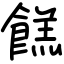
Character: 餻